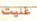
غنيت